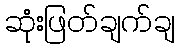
ဆုံးဖြတ်ချက်ချ